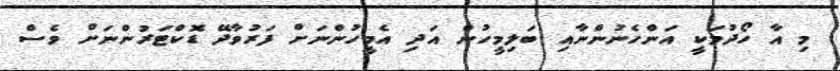
މި އާ ހޯދުމަކީ އަންހެނުންނާއި ބަލިމީހުން އަދި އެމީހުންނަށް ފަރުވާދޭ ޑޮކްޓަރުންނަށް ވެސް